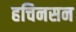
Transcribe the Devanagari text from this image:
हचिनसन